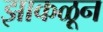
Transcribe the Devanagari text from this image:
झाकळून